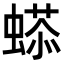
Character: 𧏥